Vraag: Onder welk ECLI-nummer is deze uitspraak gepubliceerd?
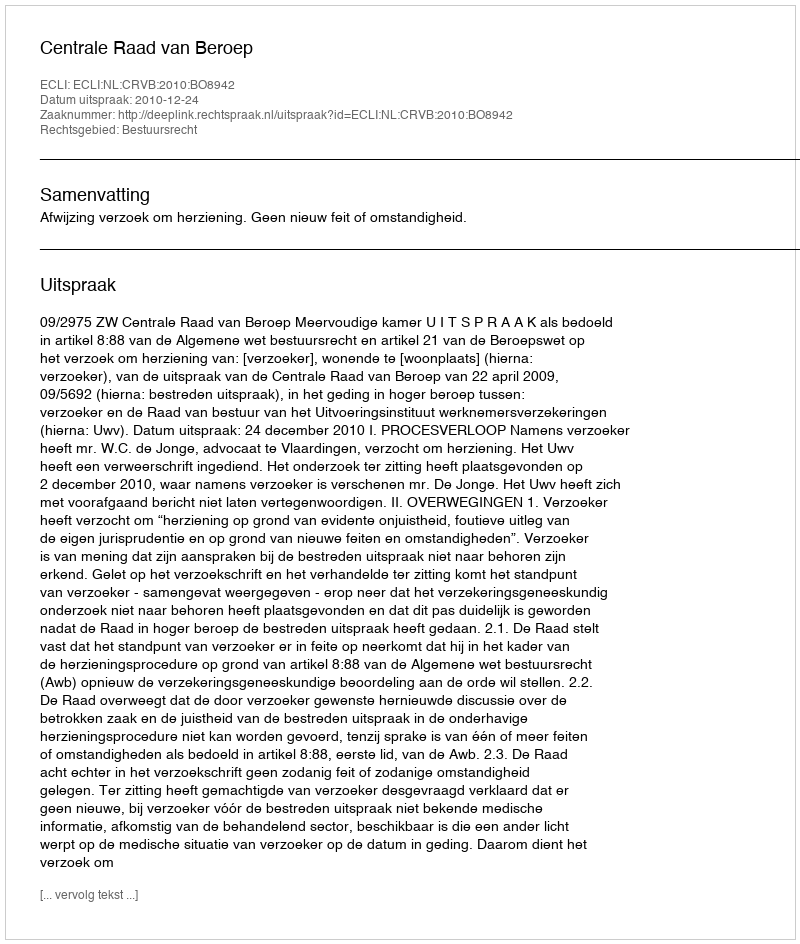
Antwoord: ECLI:NL:CRVB:2010:BO8942